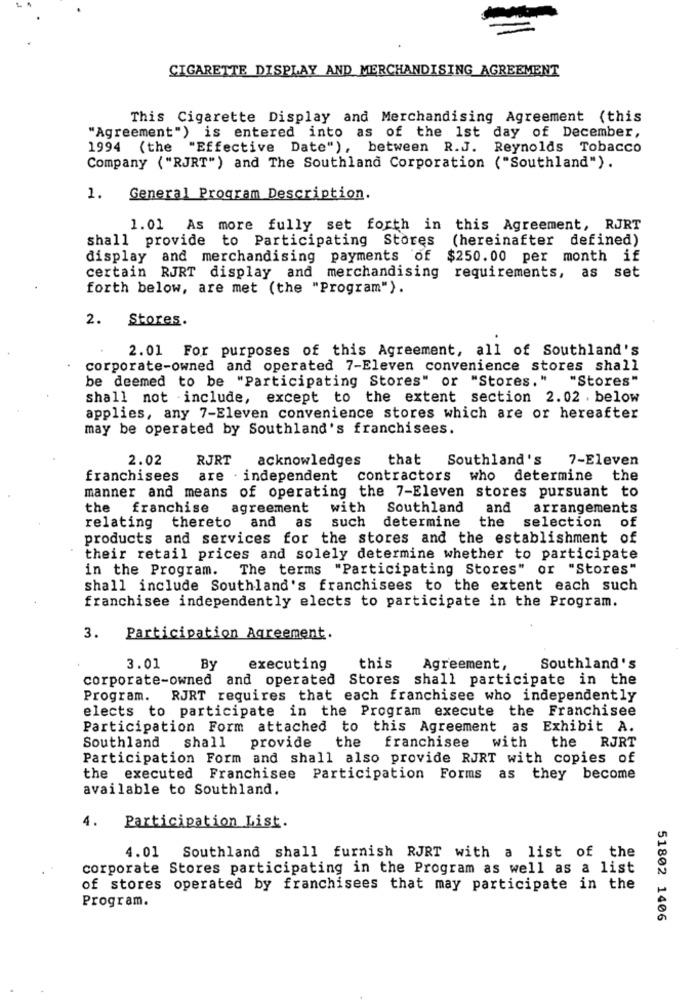
CIGARETTE DISPLAY AND MERCHANDISING AGREEMENT
This Cigarette Display and Merchandising Agreement (this
"Agreement") is entered into as of the 1st day of December,
1994 (the "Effective Date"), between R.J. Reynolds Tobacco
Company ("RJRT") and The Southland Corporation ("Southland").
1.
General Program Description.
1.01 As more fully set forth in this Agreement, RJRT
shall provide to Participating Stores (hereinafter defined)
display and merchandising payments of $250.00 per month if
certain RJRT display and merchandising requirements, as set
forth below, are met (the "Program").
2.
Stores.
2.01 For purposes of this Agreement, all of Southland's
corporate-owned and operated 7-Eleven convenience stores shall
be deemed to be "Participating Stores" or "Stores." "Stores"
shall not include, except to the extent section 2.02 . below
applies, any 7-Eleven convenience stores which are or hereafter
may be operated by Southland's franchisees.
2.02
RJRT
acknowledges
that
Southland's 7-Eleven
franchisees
are
· independent
contractors
who determine the
manner and means of operating the 7-Eleven stores pursuant to
the
franchise
agreement
with
Southland
and
arrangements
such
determine
the
relating thereto and as
selection of
products and services for the stores and the establishment of
their retail prices and solely determine whether to participate
in the Program. The terms "Participating Stores" or "Stores"
shall include Southland's franchisees to the extent each such
franchisee independently elects to participate in the Program.
3. Participation Agreement.
3.01
By
executing
this
Agreement,
Southland's
corporate-owned and operated Stores shall participate in the
Program.
RJRT requires that each franchisee who independently
elects to participate in the Program execute the Franchisee
Participation Form attached to this Agreement as Exhibit A.
Southland
the
franchisee
the RJRT
shall provide
with
Participation Form and shall also provide RJRT with copies of
the executed Franchisee Participation Forms as they become
available to Southland.
4.
Participation List.
4.01 Southland shall furnish RJRT with a list of the
corporate Stores participating in the Program as well as a list
of stores operated by franchisees that may participate in the
Program.
51802 1406